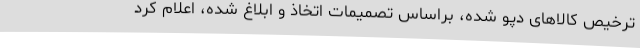
ترخیص کالاهای دپو شده، براساس تصمیمات اتخاذ و ابلاغ شده، اعلام کرد